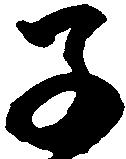
子